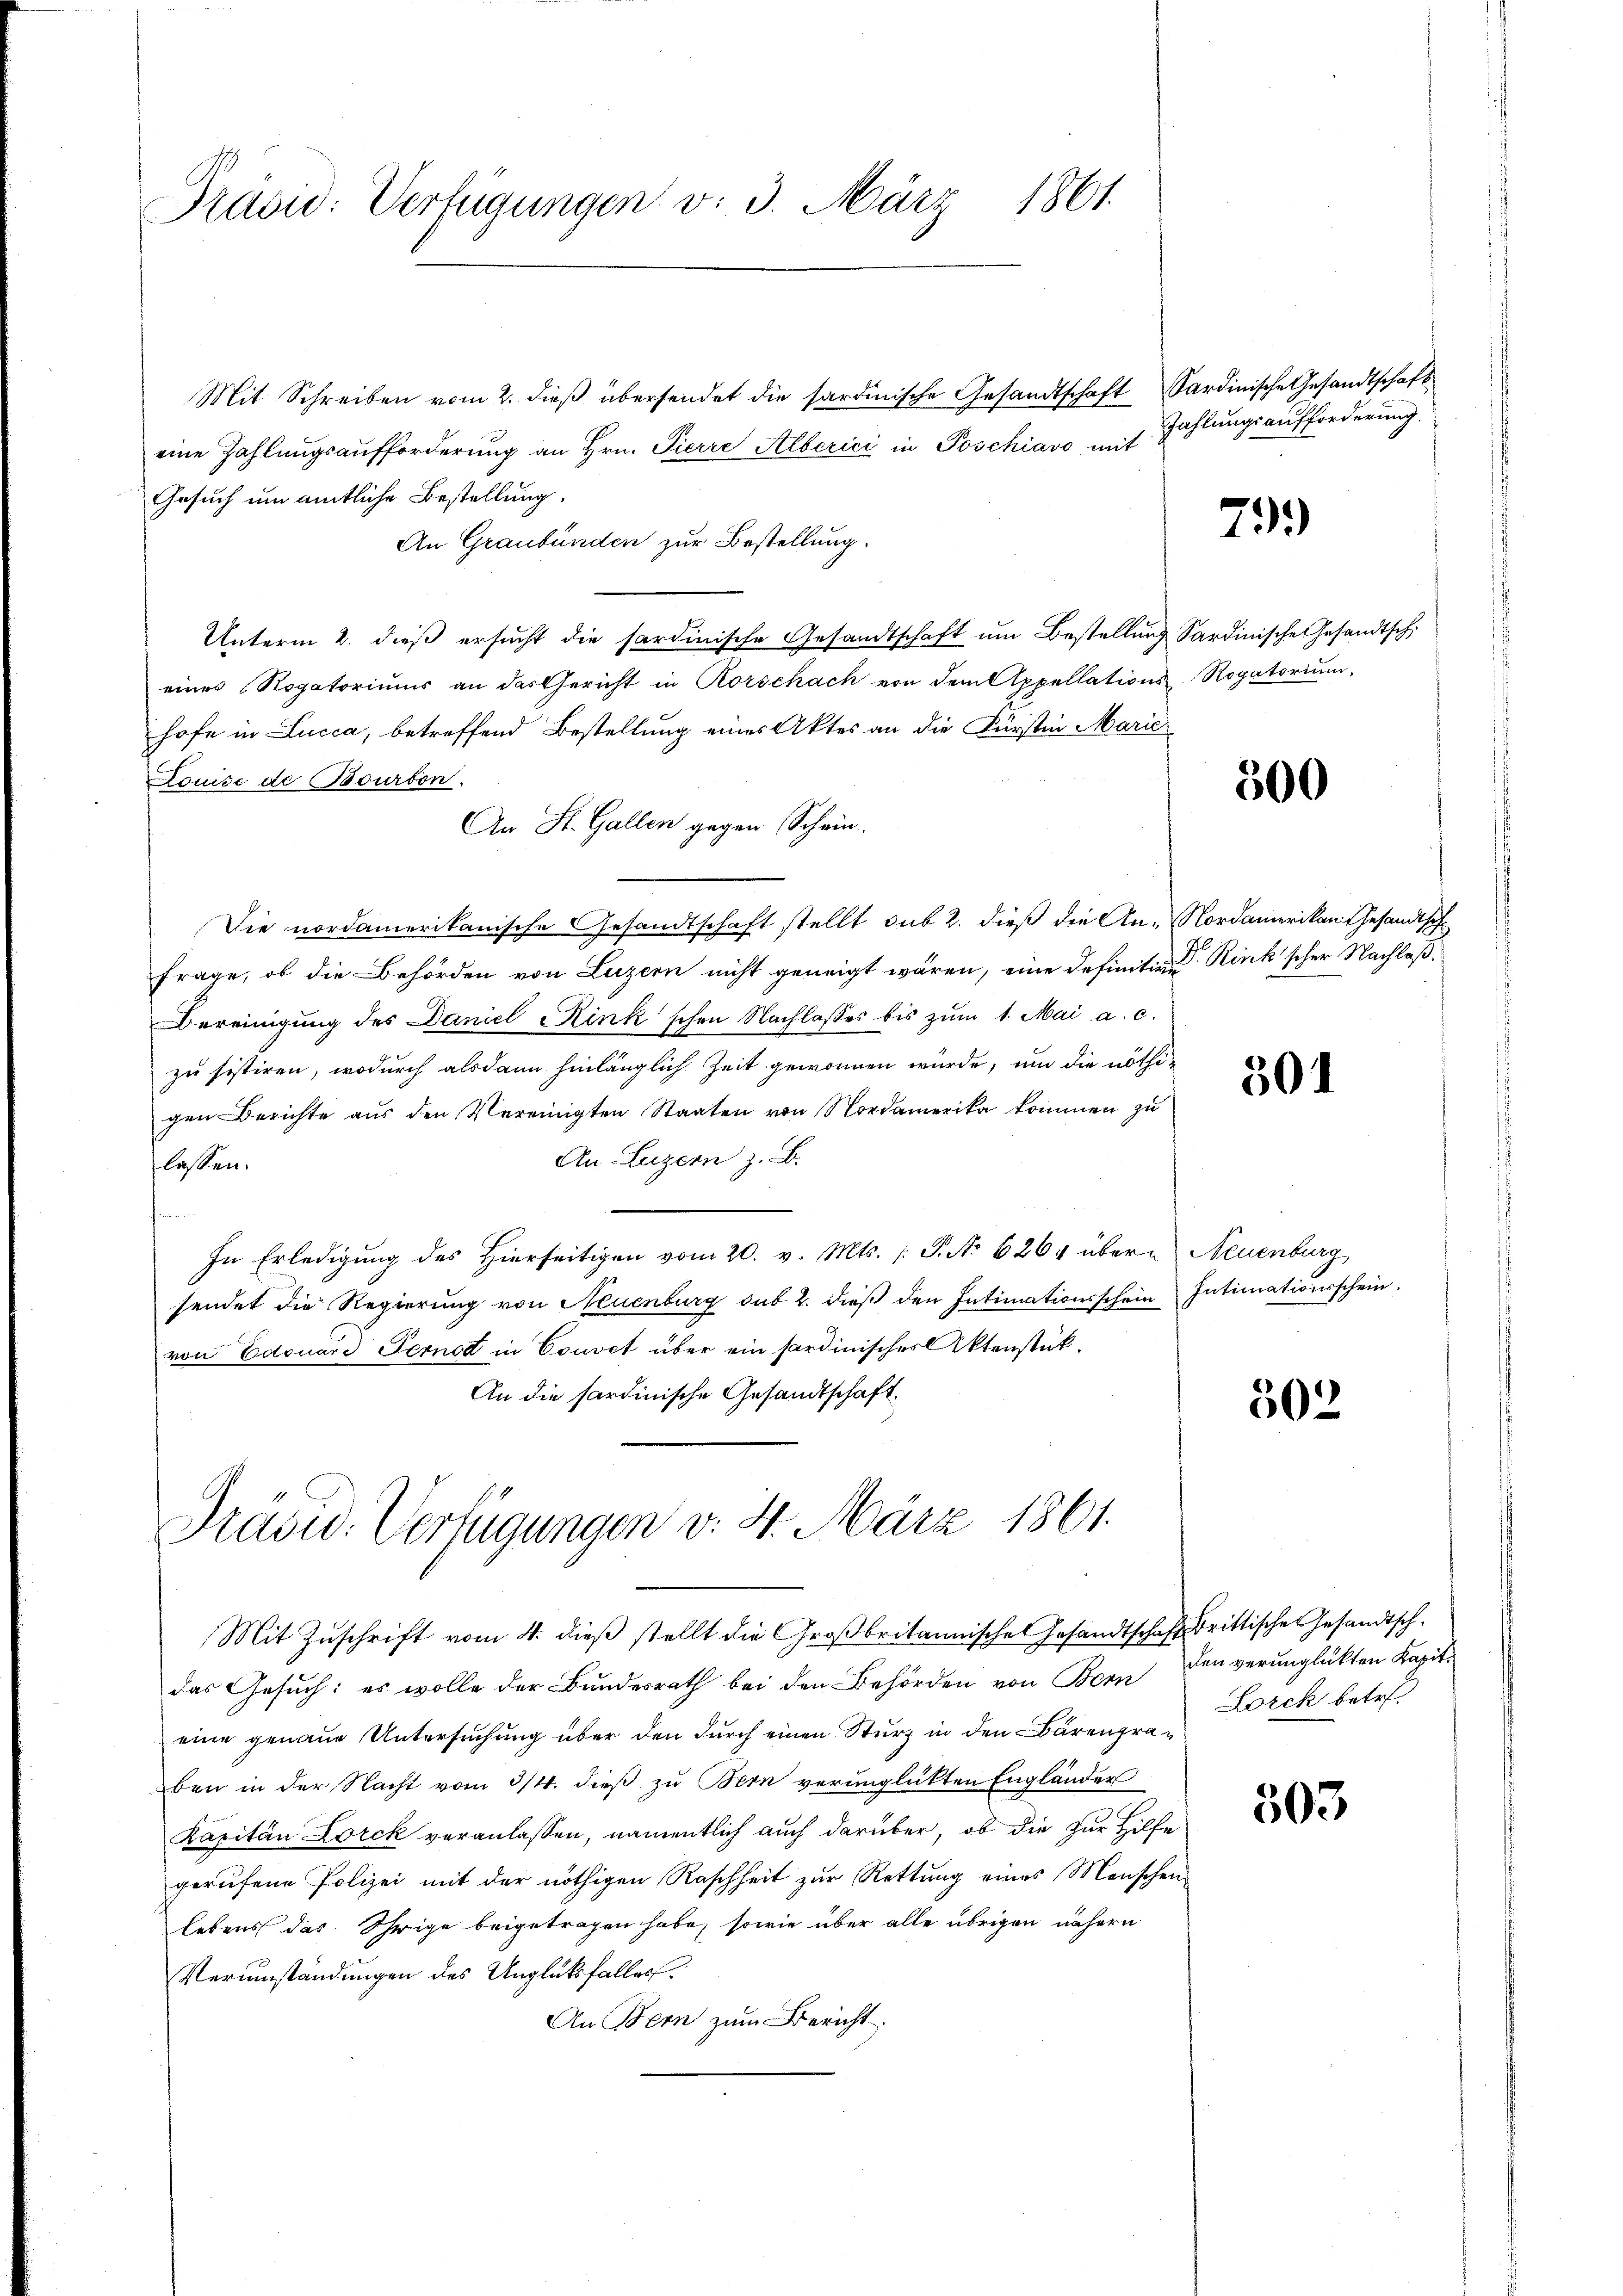
Prüsi: Verfügungen v. 3. März 1861.

Mit Schreiben vom 2. dieß übersendet die sardinische Gesandtschaft Sardinische Gesandtschaft
eine Zahlungsaufforderung an Hrn. Pierre Alberici in Poschiavo mit Zahlungsaufforderung,
Gesuch um amtliche Bestellung.
An Graubünden zur Bestellung.
Unterm 2. dieß ersucht die sardinische Gesandtschaft um Bestellung Sardinische Gesandtsch.
eines Rogatoriŭms an das Gericht in Rorschach von dem Appellations-Rogatorium,
hofe in Lucca, betreffend Bestellung eines Aktes an die Fürsten Marie
Louise de Bourbon.
An St. Gallen gegen Schein.
Die nordamerikanische Gesandtschaft stellt sub 2. dieß die An-Nordamerikan gesandtsch¬
Frage, ob die Behörden von Luzern nicht geneigt wären, eine Definitiven Rink'scher Nachlaß.
Bereinigung des Daniel Kink'schen Nachlasses bis zŭm 1. Mai a. c.
zu sistiren, wodurch alsdann hinlänglich Zeit gewonnen würde, um die nöthigen Berichte aus den Vereinigten Staaten von Nordamerika kommen zu
An Luzern z. B.
lassen.
e
In Erledigung des Hierseitigen vom 20. v. Mts. /: P. No 6264 übern Neuenburg
sendet die Regierung von Neuenburg sub 2. dieß den Intimationsschein Intimationsschein.
von Edouard Fernod in Couvet über ein fardinisches Aktenstük¬
An die sardinische Gesandtschaft.

Prasw. Verfügungen v. 4. März 1861.

Mit Zŭschrift vom 4. dieβ stellt die Großbritannische Gesandtschaft drittischen Gesandtsch-

das Gesuch: es wolle der Bundesrath bei den Behörden von Bern den verunglükten Kapit
eine genaue Untersuchung über den durch einen Sturz in den Bärenpräben in der Nacht vom 3/4. dieß zu Bern verunglückten Engländer
Kapitän Lorck veranlassen, namentlich auch darüber, ob die zur Hilfe
gerufene Polizei mit der nöthigen Raschheit zur Rettung eines Menschen-
lebens das Ihrige beigetragen habe, sowie über alle übrigen nähern
Verumständungen des Unglüksfalles
An Bern zum Bericht

79.

500

501

502

Lorch betr.

503